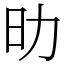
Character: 㫑